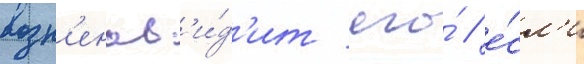
возн'енав'и́д'ит его́ / е́сл'и